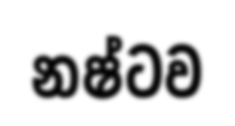
නෂ්ටව